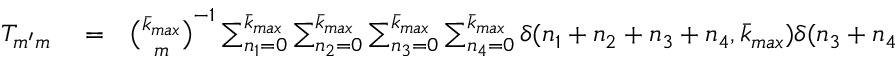
\begin{array} { r l r } { T _ { m ^ { \prime } m } } & { { } = } & { \binom { \bar { k } _ { m a x } } { m } ^ { - 1 } \sum _ { n _ { 1 } = 0 } ^ { \bar { k } _ { m a x } } \sum _ { n _ { 2 } = 0 } ^ { \bar { k } _ { m a x } } \sum _ { n _ { 3 } = 0 } ^ { \bar { k } _ { m a x } } \sum _ { n _ { 4 } = 0 } ^ { \bar { k } _ { m a x } } \delta ( n _ { 1 } + n _ { 2 } + n _ { 3 } + n _ { 4 } , { \bar { k } _ { m a x } } ) \delta ( n _ { 3 } + n _ { 4 } , m ) \delta ( n _ { 2 } + n _ { 4 } , m ^ { \prime } ) \times } \end{array}